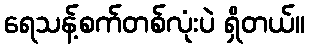
ရေသန့်စက်တစ်လုံးပဲ ရှိတယ်။